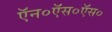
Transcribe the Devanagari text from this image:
ऍन०ऍस०ऍस०